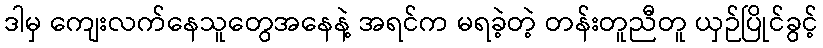
ဒါမှ ကျေးလက်နေသူတွေအနေနဲ့ အရင်က မရခဲ့တဲ့ တန်းတူညီတူ ယှဉ်ပြိုင်ခွင့်